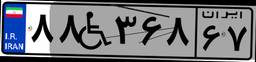
۸۸W۳۶۸۶۷